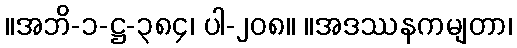
။အဘိ-၁-ဋ္ဌ-၃၈၄၊ ပါ-၂၀၈။ ။အဒဿနကမျတာ၊